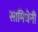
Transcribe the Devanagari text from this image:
सामिधेनी